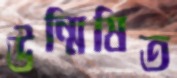
উন্মিষিত